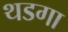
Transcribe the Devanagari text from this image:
थडगा